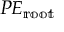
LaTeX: P E _ { \mathbb { r o o t } }